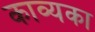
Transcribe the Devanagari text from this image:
काव्यका